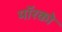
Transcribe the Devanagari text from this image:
मॉरको